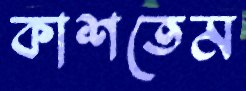
কাশতেম